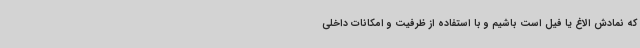
که نمادش الاغ یا فیل است باشیم و با استفاده از ظرفیت و امکانات داخلی